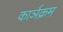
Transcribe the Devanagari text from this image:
कार्ञक्रम